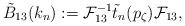
LaTeX: \begin{align*} \tilde B_{13} (k_n) := \mathcal{F}^{-1}_{13} \tilde t_n (p_\zeta)\mathcal{F}_{13} ,\end{align*}